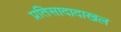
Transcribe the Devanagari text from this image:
प्रतिसादादाखल